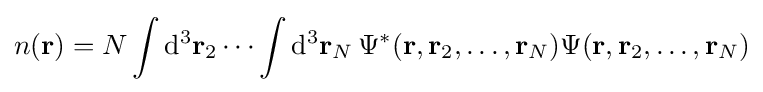
n(\mathbf {r} )=N\int {\mathrm {d} }^{3}\mathbf {r} _{2}\cdots \int {\mathrm {d} }^{3}\mathbf {r} _{N}\,\Psi ^{*}(\mathbf {r} ,\mathbf {r} _{2},\dots ,\mathbf {r} _{N})\Psi (\mathbf {r} ,\mathbf {r} _{2},\dots ,\mathbf {r} _{N})